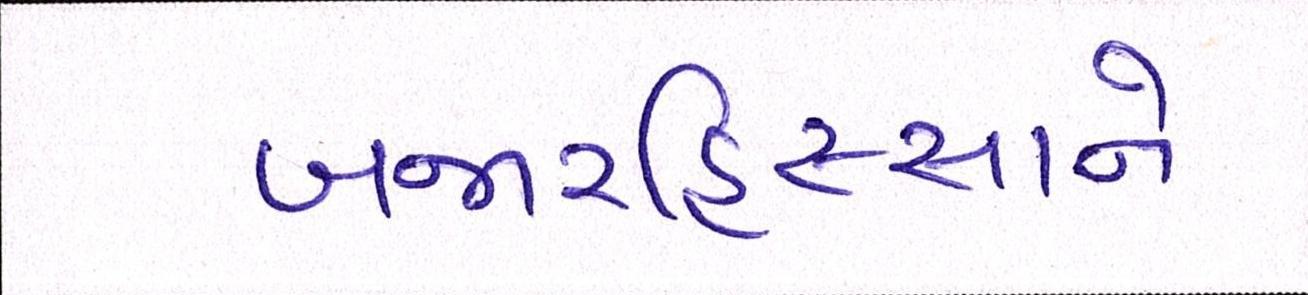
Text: બજારહિસ્સાને